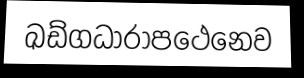
ඛඩ්ගධාරාපථෙනෙව